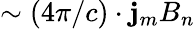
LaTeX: \sim(4\pi/c)\cdot\mathbf{j}_{m}B_{n}